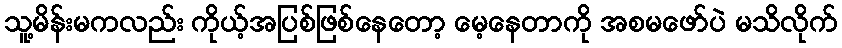
သူ့မိန်းမကလည်း ကိုယ့်အပြစ်ဖြစ်နေတော့ မေ့နေတာကို အစမဖော်ပဲ မသိလိုက်